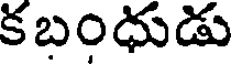
కబంధుడు